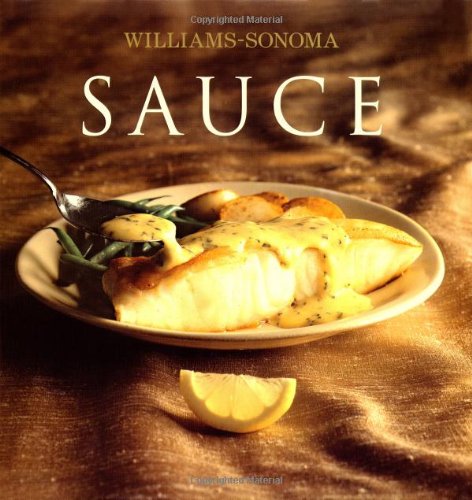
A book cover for Williams-Sonoma Collection: Sauce; Brigit Binns; Cookbooks, Food & Wine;